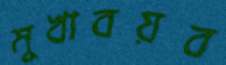
মুখাবয়ব